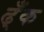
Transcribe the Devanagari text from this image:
ढ्ँक